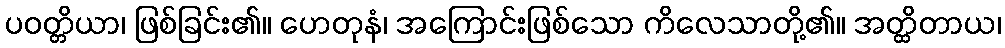
ပဝတ္တိယာ၊ ဖြစ်ခြင်း၏။ ဟေတုနံ၊ အကြောင်းဖြစ်သော ကိလေသာတို့၏။ အတ္ထိတာယ၊